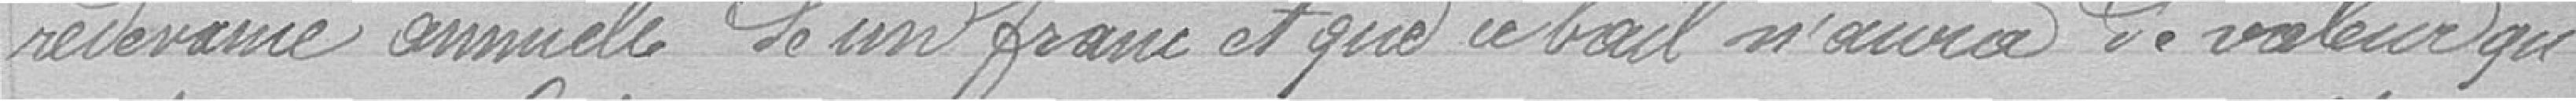
redevance annuelle de un franc et que ce bail n'aura de valeur qu'